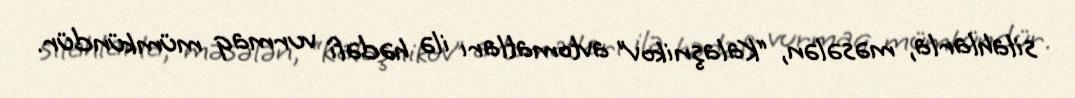
silahlarla, məsələn, “Kalaşnikov” avtomatları ilə hədəfi vurmaq mümkündür.